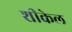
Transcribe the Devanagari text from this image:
शीकेल